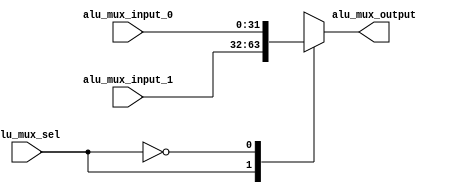
`timescale 1ns / 1ps
//////////////////////////////////////////////////////////////////////////////////
// Company: 
// Engineer: 
// 
// Design Name: 
// Module Name: MUX_ALU_input
// Project Name: 
// Target Devices: 
// Tool Versions: 
// Description: 
// 
// Dependencies: 
// 
// Revision:
// Revision 0.01 - File Created
// Additional Comments:
// 
//////////////////////////////////////////////////////////////////////////////////

// Multiplexer to select the signal going to ALU 2nd input
module MUX_ALU_input(
    input    alu_mux_sel,
    input   [31:0] alu_mux_input_0,
    input   [31:0] alu_mux_input_1, 
    output  reg [31:0] alu_mux_output
    );
always @ (alu_mux_sel or alu_mux_input_0 or alu_mux_input_1) begin
    case (alu_mux_sel)
        1: alu_mux_output <= alu_mux_input_1;
        0: alu_mux_output <= alu_mux_input_0;
    endcase
end
endmodule